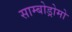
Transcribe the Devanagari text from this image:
साम्बोड्रोमो